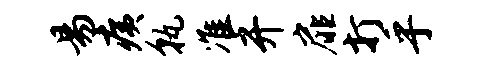
易痍孰准开扉打乎